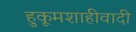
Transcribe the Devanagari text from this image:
हुकूमशाहीवादी